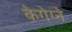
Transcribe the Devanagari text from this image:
केगेग्ने